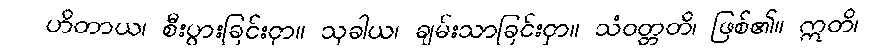
ဟိတာယ၊ စီးပွားခြင်းငှာ။ သုခါယ၊ ချမ်းသာခြင်းငှာ။ သံဝတ္တတိ၊ ဖြစ်၏။ ဣတိ၊